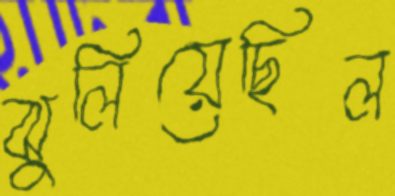
ঝুলিয়েছিল